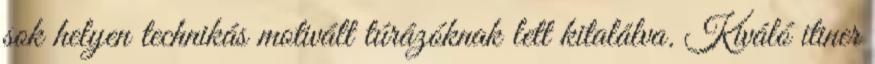
sok helyen technikás motivált túrázóknak lett kitalálva. Kiváló itiner